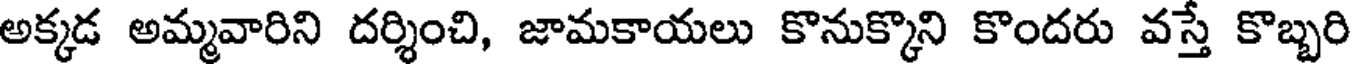
అక్కడ అమ్మవారిని దర్శించి, జామకాయలు కొనుక్కొని కొందరు వస్తే కొబ్బరి